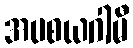
အပစယဂါမီ